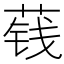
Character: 𮶬